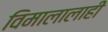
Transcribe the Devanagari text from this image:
विमालालाही